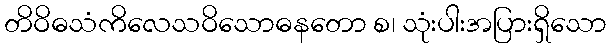
တိဝိဓသံကိလေသဝိသောဓနတော စ၊ သုံးပါးအပြားရှိသော